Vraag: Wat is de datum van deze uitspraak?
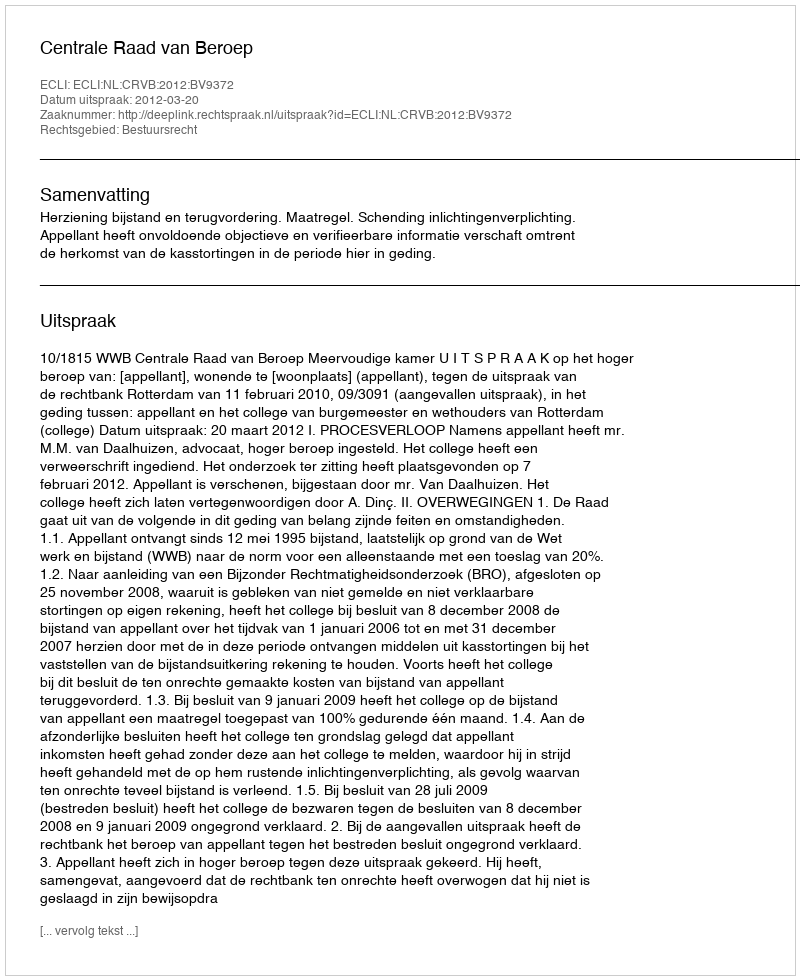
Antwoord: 2012-03-20